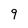
Character: 9